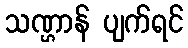
သဏ္ဌာန် ပျက်ရင်